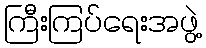
ကြီးကြပ်ရေးအဖွဲ့